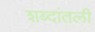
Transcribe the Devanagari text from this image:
शब्दांतली